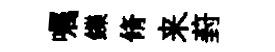
嘱鑠脩来葑